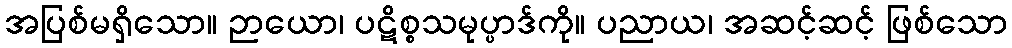
အပြစ်မရှိသော။ ဉာယော၊ ပဋိစ္စသမုပ္ပာဒ်ကို။ ပညာယ၊ အဆင့်ဆင့် ဖြစ်သော